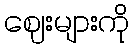
ဈေးများကို